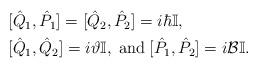
LaTeX: \begin{align*}\begin{aligned}&[\hat{Q}_1,\hat{P}_1]=[\hat{Q}_2,\hat{P}_2]=i\hbar\mathbb{I},\\&[\hat{Q}_1,\hat{Q}_2]=i\vartheta\mathbb{I},\;\hbox{and}\;[\hat{P}_1,\hat{P}_2]=i\mathcal{B}\mathbb{I}.\end{aligned}\end{align*}